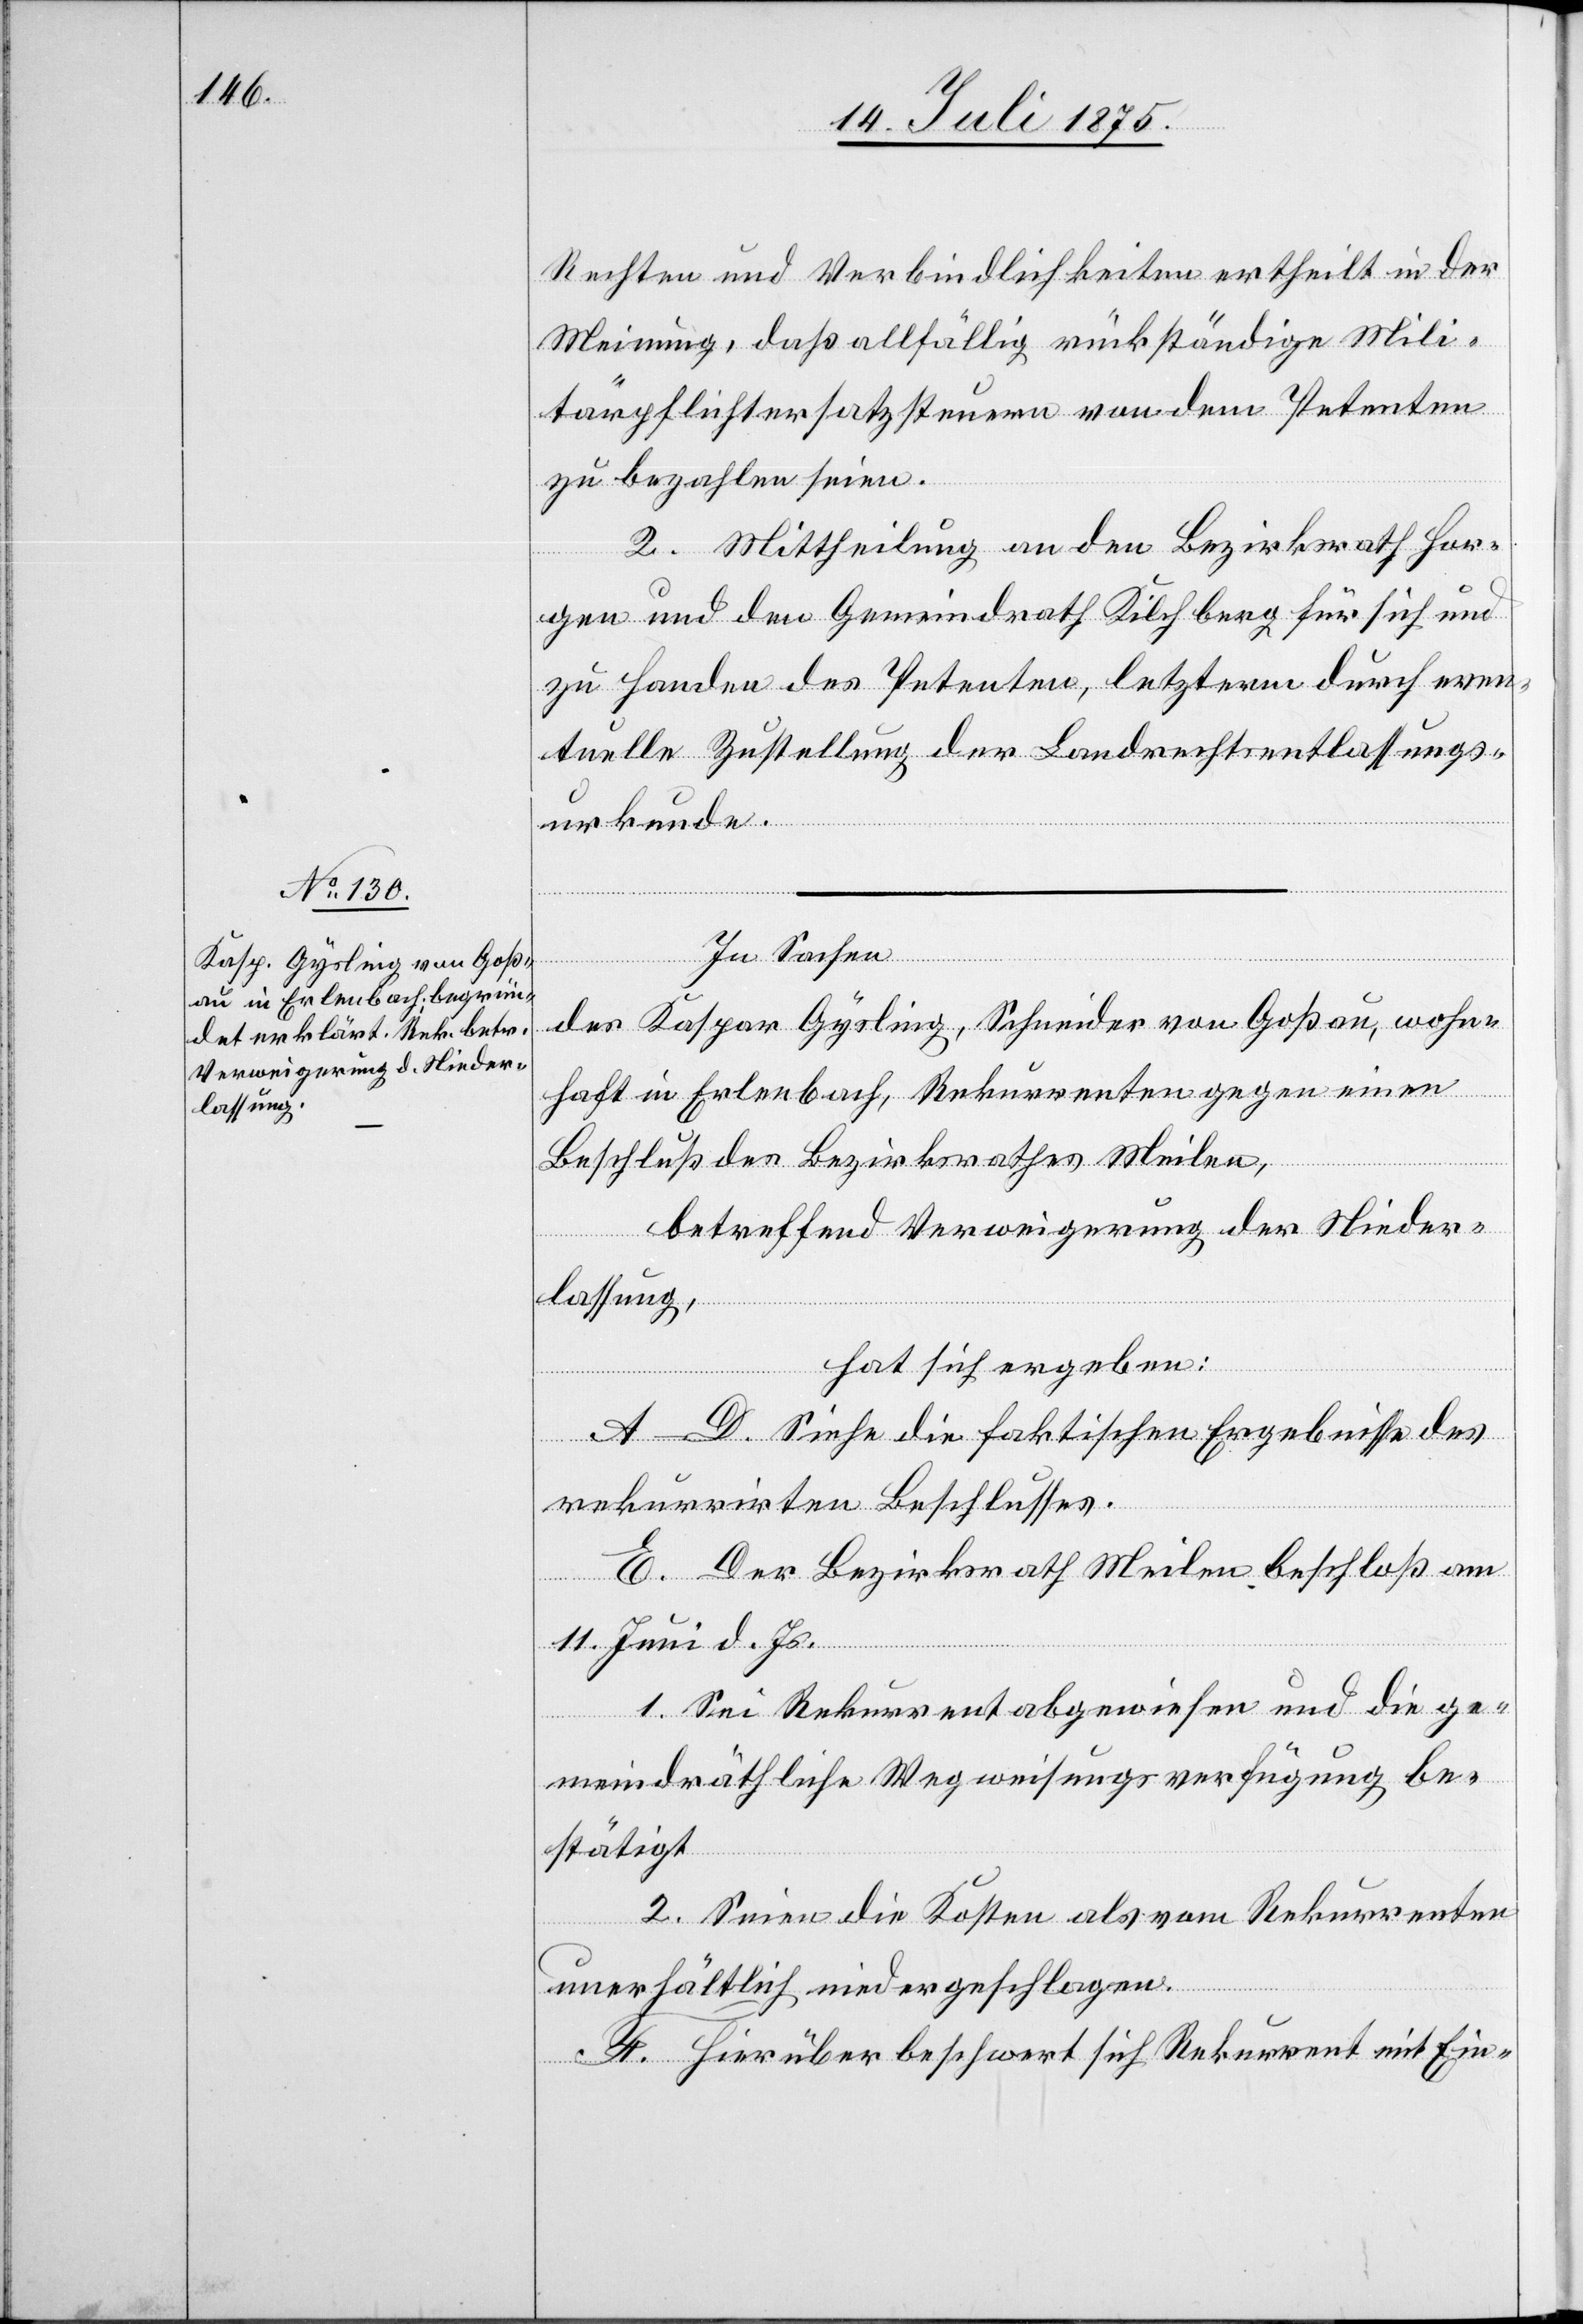
Rechten und Verbindlichkeiten ertheilt in der
Meinung, daß allfällig rückständige Mili¬
tärpflichtersatzsteuern von dem Petenten
zu bezahlen seien.
2. Mittheilung an den Bezirksrath Hor¬
gen und den Gemeindrath Kilchberg für sich und
zu Handen des Petenten, letzterm durch even¬
tuelle Zustellung der Landrechtsentlassungs¬
urkunde.
In Sachen
des Kaspar Gysling, Schneider von Goßau, wohn¬
haft in Erlenbach, Rekurrenten gegen einen
Beschluß des Bezirksrathes Meilen,
betreffend Verweigerung der Nieder¬
lassung,
hat sich ergeben:
A–D. Siehe die faktischen Ergebnisse des
rekurrirten Beschlusses.
E. Der Bezirksrath Meilen beschloß am
11. Juni d. Js.
1. Sei Rekurrent abgewiesen und die ge¬
meindräthliche Wegweisungsverfügung be¬
stätigt.
2. Seien die Kosten als vom Rekurrenten
unerhältlich niedergeschlagen.
F. Hierüber beschwert sich Rekurrent mit Ein-